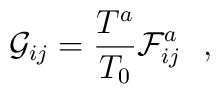
{\cal G}_{ij} = {T^a\over T_0} {\cal F}^a_{ij}~~,